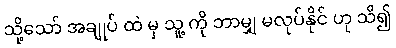
သို့သော် အချုပ် ထဲ မှ သူ့ ကို ဘာမျှ မလုပ်နိုင် ဟု သိ၍